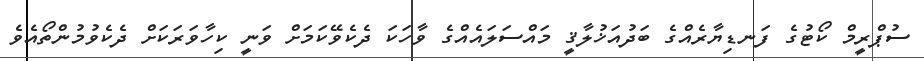
ސުޕްރީމް ކޯޓުގެ ފަނޑިޔާރެއްގެ ބަދުއަޚުލާޤީ މައްސަލައެއްގެ ވާހަކަ ދެކެވޭކަމަށް ވަނީ ކިހާވަރަކަށް ދެކެވުމުންތޯއެވެ